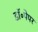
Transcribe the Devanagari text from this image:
डॉ॰पेपर